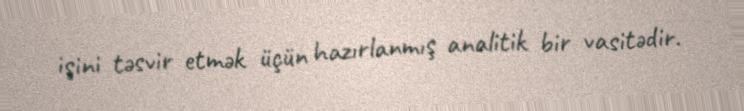
işini təsvir etmək üçün hazırlanmış analitik bir vasitədir.